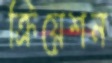
ক্রিয়েশন